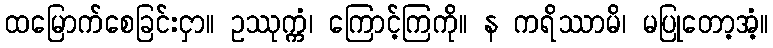
ထမြောက်စေခြင်းငှာ။ ဥဿုက္ကံ၊ ကြောင့်ကြကို။ န ကရိဿာမိ၊ မပြုတော့အံ့။